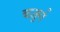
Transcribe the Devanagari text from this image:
बज़ुर्ग